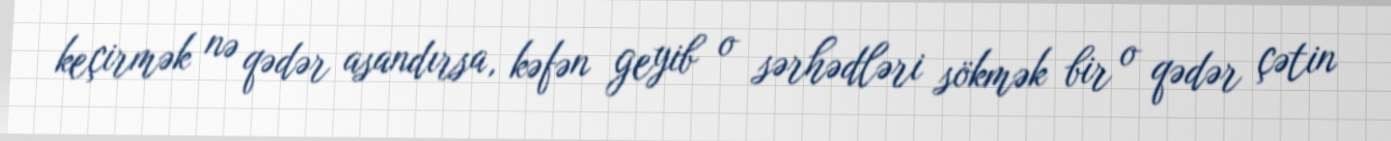
keçirmək nə qədər asandırsa, kəfən geyib o sərhədləri sökmək bir o qədər çətin